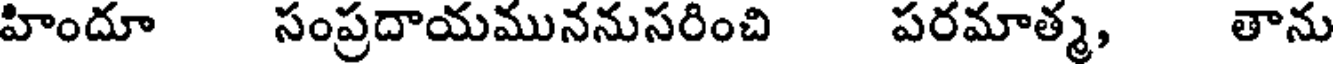
హిందూ సంప్రదాయముననుసరించి పరమాత్మ, తాను